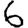
Digit: 6